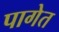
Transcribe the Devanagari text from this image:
पागेत